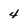
Character: 4